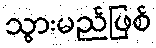
သွားမည်ဖြစ်